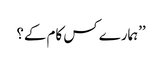
’’ہمارے کس کام کے؟